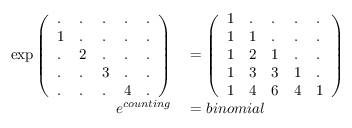
\begin{array} { r l } { \exp { \left( \begin{array} { l l l l l } { . } & { . } & { . } & { . } & { . } \\ { 1 } & { . } & { . } & { . } & { . } \\ { . } & { 2 } & { . } & { . } & { . } \\ { . } & { . } & { 3 } & { . } & { . } \\ { . } & { . } & { . } & { 4 } & { . } \end{array} \right) } } & { { } = { \left( \begin{array} { l l l l l } { 1 } & { . } & { . } & { . } & { . } \\ { 1 } & { 1 } & { . } & { . } & { . } \\ { 1 } & { 2 } & { 1 } & { . } & { . } \\ { 1 } & { 3 } & { 3 } & { 1 } & { . } \\ { 1 } & { 4 } & { 6 } & { 4 } & { 1 } \end{array} \right) } } \\ { e ^ { c o u n t i n g } } & { { } = b i n o m i a l } \end{array}